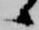
候